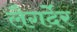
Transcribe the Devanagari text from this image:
लैगर्देर